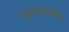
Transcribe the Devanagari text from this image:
प्रधानमंत्र्यांचा